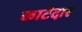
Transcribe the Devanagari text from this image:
काटेदार